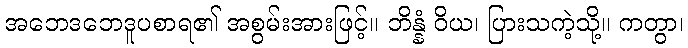
အဘေဒဘေဒူပစာရ၏ အစွမ်းအားဖြင့်။ ဘိန္နံ ဝိယ၊ ပြားသကဲ့သို့။ ကတွာ၊